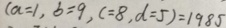
( a = 1 , b = 9 , c = 8 , d = 5 ) = 1 9 8 5